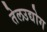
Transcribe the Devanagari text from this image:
तेलउद्योग